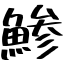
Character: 鯵